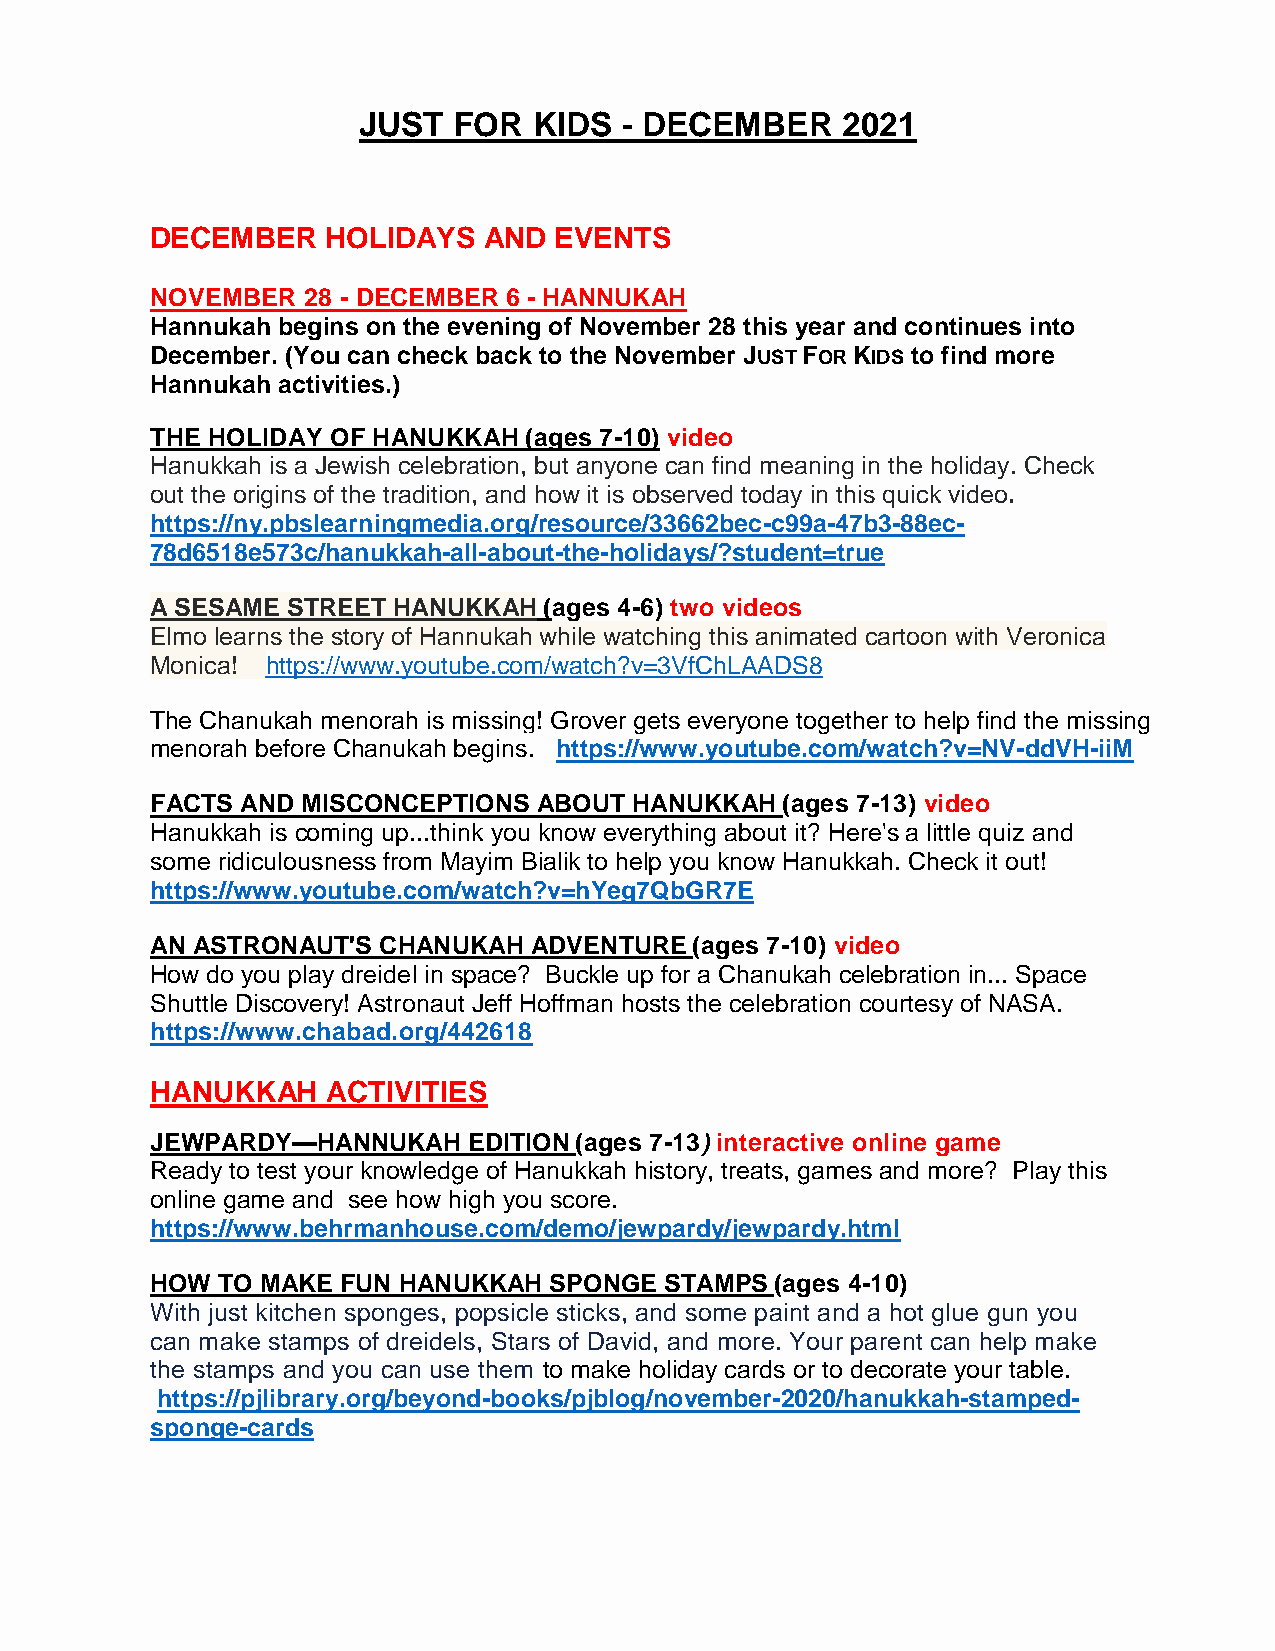
JUST  FOR  KIDS  - DECEMBER     2021
 DECEMBER    HOLIDAYS  AND  EVENTS
 NOVEMBER  28 - DECEMBER 6 - HANNUKAH
 Hannukah begins on the evening of November 28 this year and continues into
 December. (You can check back to the November JUST FOR KIDS to find more
 Hannukah activities.)
 THE HOLIDAY OF HANUKKAH  (ages 7-10) video
 Hanukkah is a Jewish celebration, but anyone can find meaning in the holiday. Check
 out the origins of the tradition, and how it is observed today in this quick video.
 https://ny.pbslearningmedia.org/resource/33662bec-c99a-47b3-88ec-
 78d6518e573c/hanukkah-all-about-the-holidays/?student=true
 A SESAME STREET HANUKKAH  (ages 4-6) two videos
 Elmo learns the story of Hannukah while watching this animated cartoon with Veronica
 Monica! https://www.youtube.com/watch?v=3VfChLAADS8
 The Chanukah menorah is missing! Grover gets everyone together to help find the missing
 menorah before Chanukah begins. https://www.youtube.com/watch?v=NV-ddVH-iiM
 FACTS AND MISCONCEPTIONS  ABOUT HANUKKAH  (ages 7-13) video
 Hanukkah is coming up...think you know everything about it? Here's a little quiz and
 some ridiculousness from Mayim Bialik to help you know Hanukkah. Check it out!
 https://www.youtube.com/watch?v=hYeg7QbGR7E
 AN ASTRONAUT'S CHANUKAH  ADVENTURE  (ages 7-10) video
 How do you play dreidel in space? Buckle up for a Chanukah celebration in... Space
 Shuttle Discovery! Astronaut Jeff Hoffman hosts the celebration courtesy of NASA.
 https://www.chabad.org/442618
 HANUKKAH    ACTIVITIES
 JEWPARDY—HANNUKAH    EDITION (ages 7-13) interactive online game
 Ready to test your knowledge of Hanukkah history, treats, games and more? Play this
 online game and see how high you score.
 https://www.behrmanhouse.com/demo/jewpardy/jewpardy.html
 HOW TO MAKE  FUN HANUKKAH SPONGE  STAMPS (ages 4-10)
 With just kitchen sponges, popsicle sticks, and some paint and a hot glue gun you
 can make stamps of dreidels, Stars of David, and more. Your parent can help make
 the stamps and you can use them to make holiday cards or to decorate your table.
 https://pjlibrary.org/beyond-books/pjblog/november-2020/hanukkah-stamped-
 sponge-cards